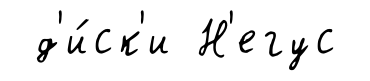
д'и́ск'и Н'егус